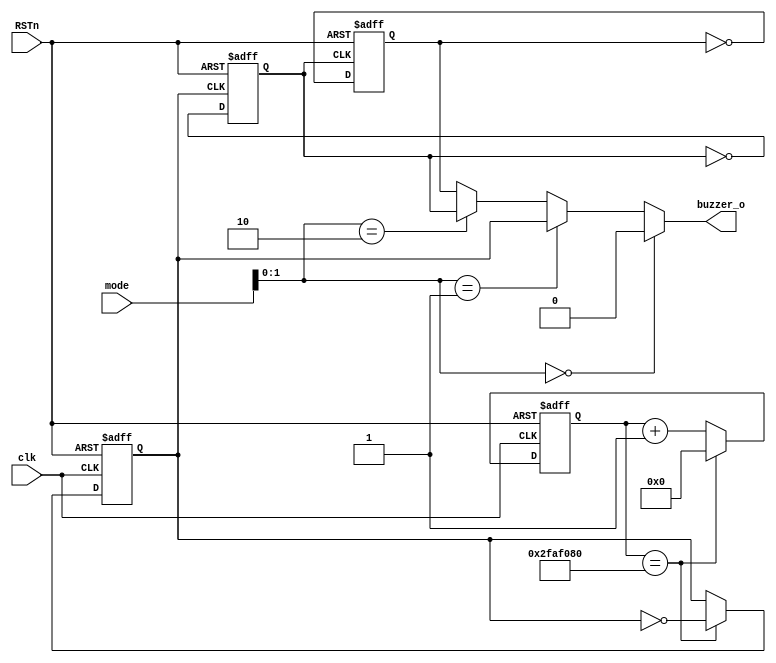
module buzzer(
    input   wire    clk,
    input   wire    RSTn,
    input   wire    [7:0]   mode,
    output  wire    buzzer_o
);

reg clk0,clk1,clk2;
reg [25:0] cnt;
wire [25:0]cnt_nxt;
wire cnt_done;

assign cnt_done = cnt == 26'd50000000;
assign cnt_nxt = cnt_done ? 26'b0 : cnt + 1'b1; 

always@(posedge clk or negedge RSTn) begin
    if(~RSTn) cnt <= 26'b0;
    else cnt <= cnt_nxt;
end

always@(posedge clk or negedge RSTn) begin
    if(~RSTn) clk0 <= 1'b0;
    else if(cnt_done) clk0 <= ~clk0;
end

always@(posedge clk0 or negedge RSTn) begin
    if(~RSTn) clk1 <= 1'b0;
    else clk1 <= ~clk1;
end

always@(posedge clk1 or negedge RSTn) begin
    if(~RSTn) clk2 <= 1'b0;
    else clk2 <= ~clk2;
end

assign buzzer_o =   (mode[1:0] == 2'b00) ? 1'b0 : (
                    (mode[1:0] == 2'b01) ? clk0 : (
                    (mode[1:0] == 2'b10) ? clk1 : clk2));

endmodule